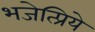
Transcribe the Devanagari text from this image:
भजेत्प्रिये